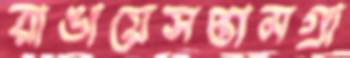
রাঙায়েসপ্তামগ্রা